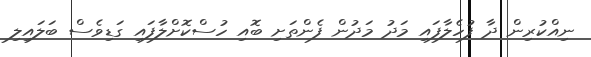
ނިއްކުރިން ދާ ފުހެލާފައި މަދު މަދުން ފެންތަށި ބޮއި ހުސްކޮށްލާފައި ގަޑިވެސް ބަލައިލި